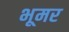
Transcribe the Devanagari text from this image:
भूमर